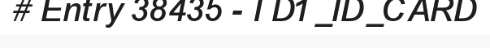
# Entry 38435 - TD1_ID_CARD